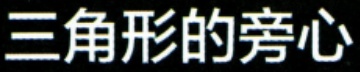
三角形的旁心